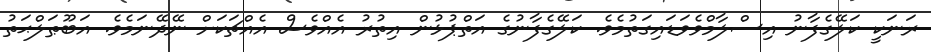
ރަނަކީ ކަލޭގެފާނު އިސްލާމްވެވަޑައިގަތުމެވެ. ކަލޭގެފާނުގެ އަތްޕުޅުން އިތުރު އެއްވެސް އެއްޗަކަށް ނޭދޭނަމެވެ. އަބޫޠަލްޙަތު